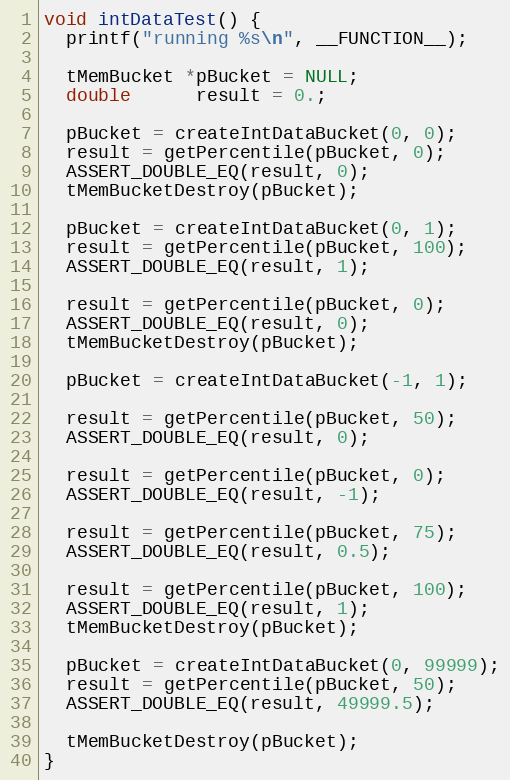
Language: C++
void intDataTest() {
  printf("running %s\n", __FUNCTION__);

  tMemBucket *pBucket = NULL;
  double      result = 0.;

  pBucket = createIntDataBucket(0, 0);
  result = getPercentile(pBucket, 0);
  ASSERT_DOUBLE_EQ(result, 0);
  tMemBucketDestroy(pBucket);

  pBucket = createIntDataBucket(0, 1);
  result = getPercentile(pBucket, 100);
  ASSERT_DOUBLE_EQ(result, 1);

  result = getPercentile(pBucket, 0);
  ASSERT_DOUBLE_EQ(result, 0);
  tMemBucketDestroy(pBucket);

  pBucket = createIntDataBucket(-1, 1);

  result = getPercentile(pBucket, 50);
  ASSERT_DOUBLE_EQ(result, 0);

  result = getPercentile(pBucket, 0);
  ASSERT_DOUBLE_EQ(result, -1);

  result = getPercentile(pBucket, 75);
  ASSERT_DOUBLE_EQ(result, 0.5);

  result = getPercentile(pBucket, 100);
  ASSERT_DOUBLE_EQ(result, 1);
  tMemBucketDestroy(pBucket);

  pBucket = createIntDataBucket(0, 99999);
  result = getPercentile(pBucket, 50);
  ASSERT_DOUBLE_EQ(result, 49999.5);

  tMemBucketDestroy(pBucket);
}